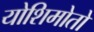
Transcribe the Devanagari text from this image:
योशिमोतो